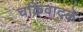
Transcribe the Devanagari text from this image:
चक्रिवादळे